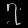
Digit: ၇